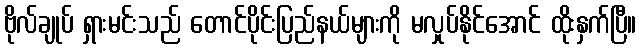
ဗိုလ်ချုပ် ရှားမင်းသည် တောင်ပိုင်းပြည်နယ်များကို မလှုပ်နိုင်အောင် ထိုးနှက်ပြီ။